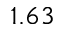
1 . 6 3